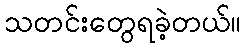
သတင်းတွေရခဲ့တယ်။